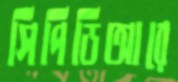
সিপিডিআরে